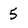
Character: 5